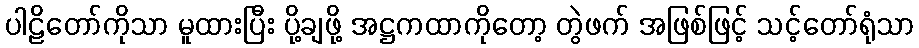
ပါဠိတော်ကိုသာ မူထားပြီး ပို့ချဖို့ အဋ္ဌကထာကိုတော့ တွဲဖက် အဖြစ်ဖြင့် သင့်တော်ရုံသာ